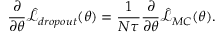
\frac { \partial } { \partial \theta } \hat { \mathcal { L } } _ { d r o p o u t } ( \theta ) = \frac { 1 } { N \tau } \frac { \partial } { \partial \theta } \hat { \mathcal { L } } _ { M C } ( \theta ) .